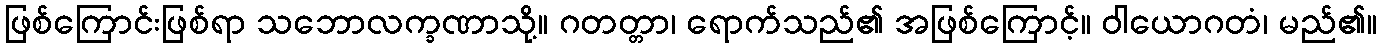
ဖြစ်ကြောင်းဖြစ်ရာ သဘောလက္ခဏာသို့။ ဂတတ္တာ၊ ရောက်သည်၏ အဖြစ်ကြောင့်။ ဝါယောဂတံ၊ မည်၏။